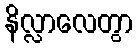
နိလ္လာလေတွာ